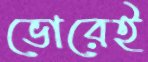
ভোরেই